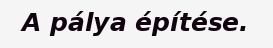
A pálya építése.